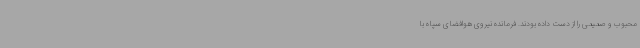
محبوب و صمیمی را از دست داده بودند. فرمانده نیروی هوافضای سپاه با